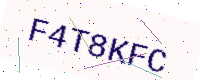
Text: F4T8KFC